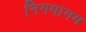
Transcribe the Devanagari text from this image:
निगमागम